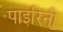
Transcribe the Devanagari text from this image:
पाइरिनी